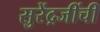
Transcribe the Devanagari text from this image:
सुरेंद्रजींची